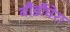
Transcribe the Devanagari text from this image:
बौर्डीघेरा